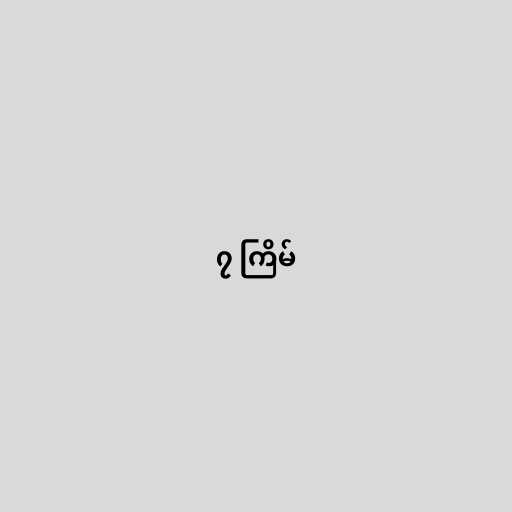
၇ ကြိမ်